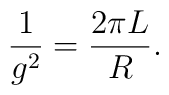
\frac {1}{g^2} = \frac {2 \pi L}{R}.